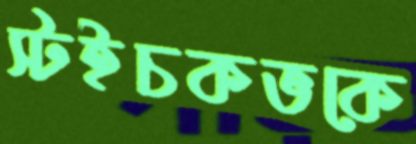
স্টইচকভকে